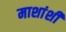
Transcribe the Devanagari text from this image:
माशांशी